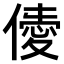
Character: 𠎹